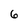
Character: 6